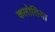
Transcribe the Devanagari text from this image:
कलोतिया